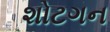
શોટગન